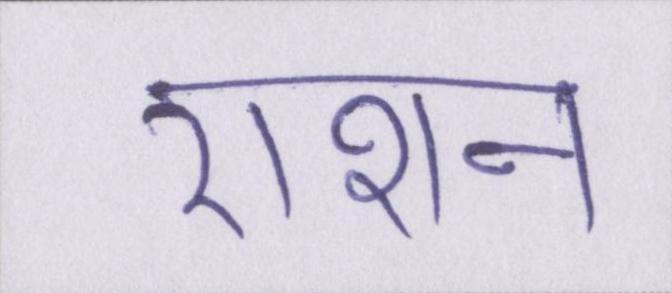
राशन